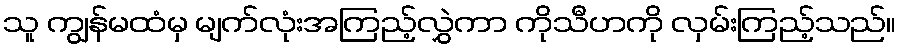
သူ ကျွန်မထံမှ မျက်လုံးအကြည့်လွှဲကာ ကိုသီဟကို လှမ်းကြည့်သည်။